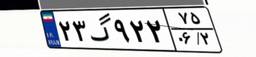
۲۳گ۹۲۲۷۵